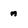
Character: a